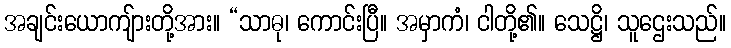
အချင်းယောကျ်ားတို့အား။ “သာဓု၊ ကောင်းပြီ။ အမှာကံ၊ ငါတို့၏။ သေဋ္ဌိ၊ သူဌေးသည်။